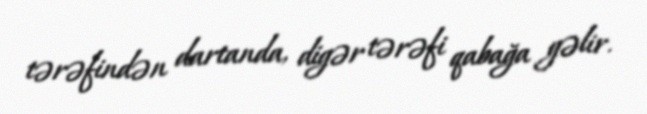
tərəfindən dartanda, digər tərəfi qabağa gəlir.